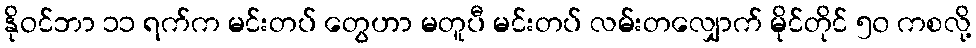
နိုဝင်ဘာ ၁၁ ရက်က မင်းတပ် တွေဟာ မတူပီ မင်းတပ် လမ်းတလျှောက် မိုင်တိုင် ၅၀ ကစလို့